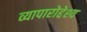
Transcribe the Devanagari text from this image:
व्यापारोद्देश्य